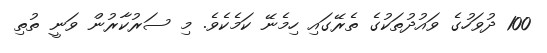
100 ދުވަހުގެ ވައުދުތަކުގެ ތެރޭގައި ހިމެނޭ ކަމެކެވެ. މި ސަރުކާރުން ވަނީ ތުތި